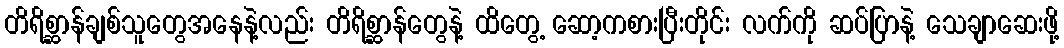
တိရိစ္ဆာန်ချစ်သူတွေအနေနဲ့လည်း တိရိစ္ဆာန်တွေနဲ့ ထိတွေ့ ဆော့ကစားပြီးတိုင်း လက်ကို ဆပ်ပြာနဲ့ သေချာဆေးဖို့